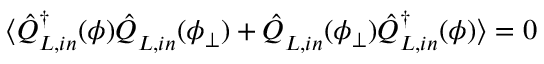
\langle \hat { Q } _ { L , i n } ^ { \dagger } ( \phi ) \hat { Q } _ { L , i n } ^ { } ( \phi _ { \bot } ) + \hat { Q } _ { L , i n } ^ { } ( \phi _ { \bot } ) \hat { Q } _ { L , i n } ^ { \dagger } ( \phi ) \rangle = 0